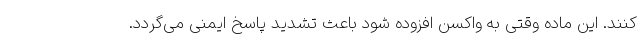
کنند. این ماده وقتی به واکسن افزوده شود باعث تشدید پاسخ ایمنی می‌گردد.